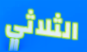
الثلاثي